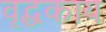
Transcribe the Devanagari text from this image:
वृद्धकाय